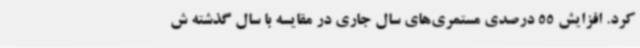
کرد. افزایش 55 درصدی مستمری‌های سال جاری در مقایسه با سال گذشته ش